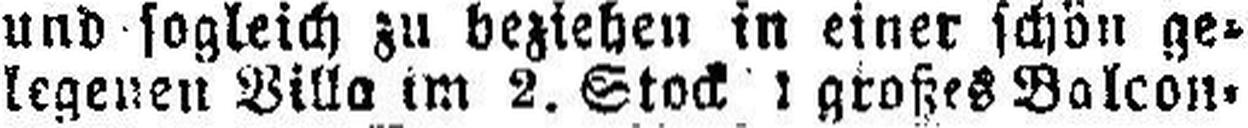
legenen Villa im 2. Stock 1 großes Balcon¬